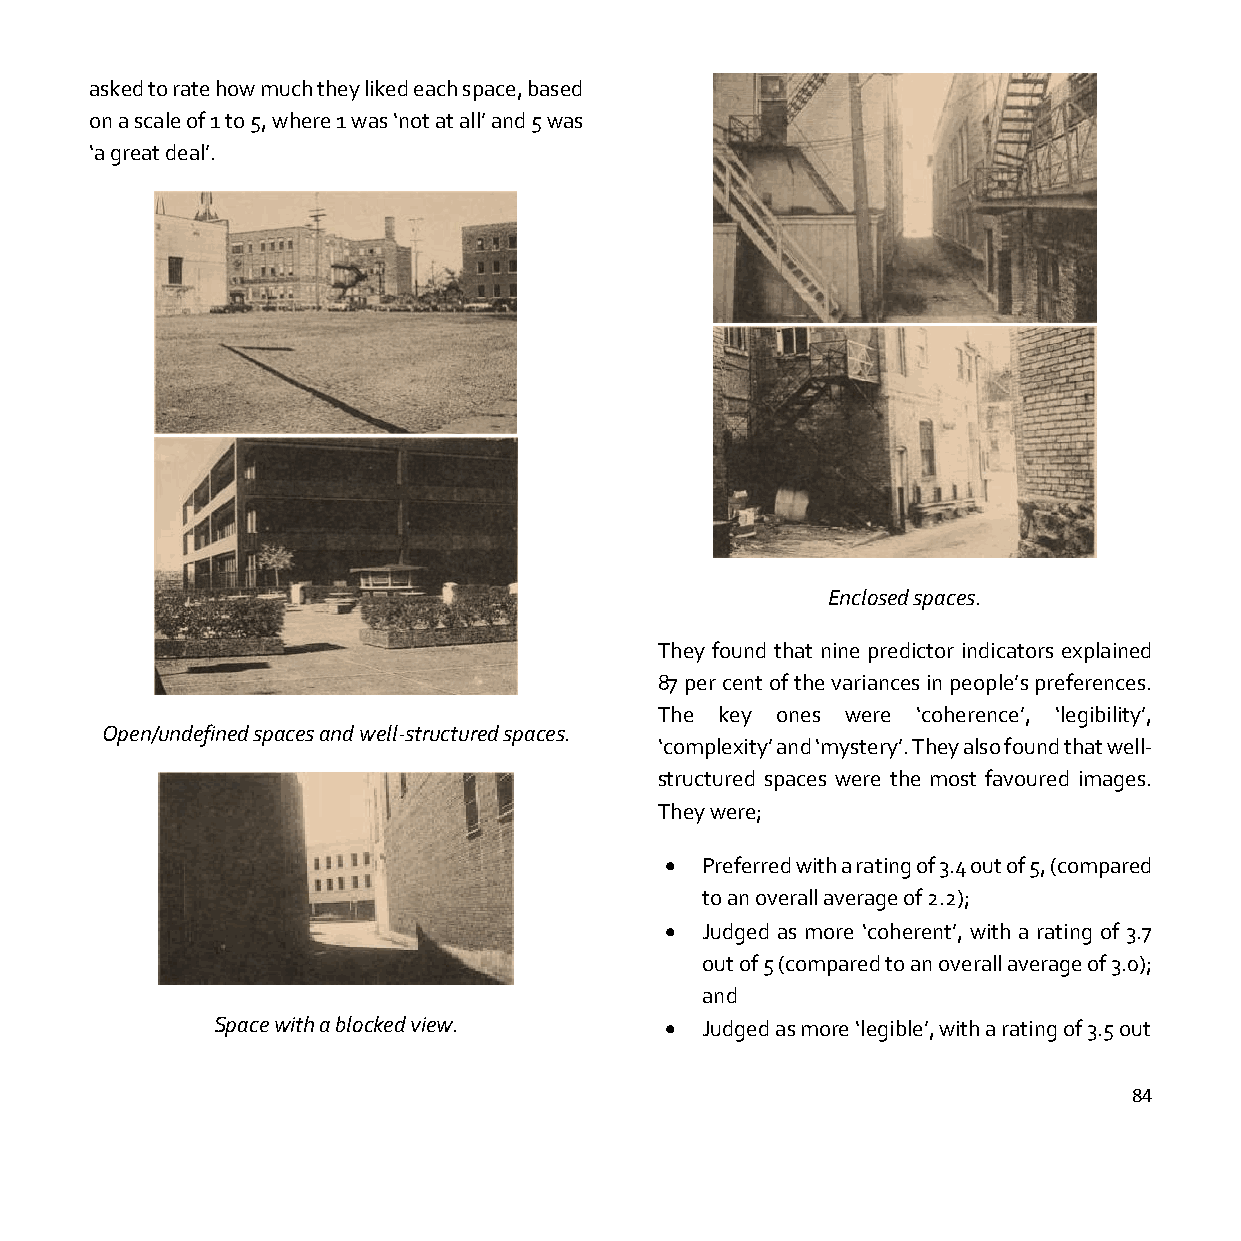
asked to rate how much they liked each space, based
 on a scale of 1 to 5, where 1 was ‘not at all’ and 5 was
 ‘a great deal’.
 Enclosed spaces.
 They found that nine predictor indicators explained
 87 per cent of the variances in people’s preferences.
 The key ones were ‘coherence’, ‘legibility’,
 Open/undefined spaces and well-structured spaces.
 ‘complexity’ and ‘mystery’. They also found that well-
 structured spaces were the most favoured images.
 They were;
 • Preferred with a rating of 3.4 out of 5, (compared
 to an overall average of 2.2);
 • Judged as more ‘coherent’, with a rating of 3.7
 out of 5 (compared to an overall average of 3.0);
 and
 Space with a blocked view.    • Judged as more ‘legible’, with a rating of 3.5 out
 84